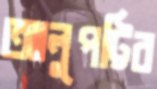
আলুপট্টির